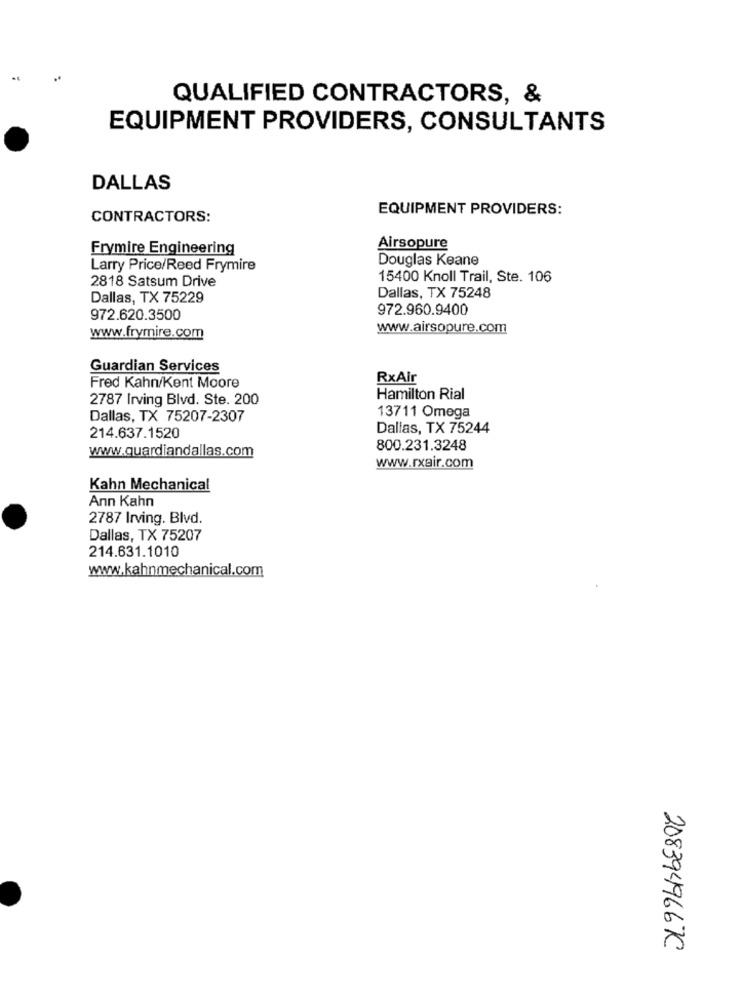
QUALIFIED CONTRACTORS, &
EQUIPMENT PROVIDERS, CONSULTANTS
DALLAS
EQUIPMENT PROVIDERS:
CONTRACTORS:
Frymire Engineering
Airsopure
Douglas Keane
Larry Price/Reed Frymire
2818 Satsum Drive
15400 Knoll Trail, Ste. 106
Dallas, TX 75229
Dallas, TX 75248
972.960.9400
972.620.3500
www.airsopure.com
www.frymire.com
Guardian Services
RxAir
Fred Kahn/Kent Moore
2787 Irving Blvd. Ste. 200
Hamilton Rial
13711 Omega
Dallas, TX 75207-2307
Dallas, TX 75244
214.637.1520
www.guardiandallas.com
800.231.3248
www.rxair.com
Kahn Mechanical
Ann Kahn
2787 Irving. Blvd.
Dallas, TX 75207
214.631.1010
www.kahnmechanical.com
2083949667C